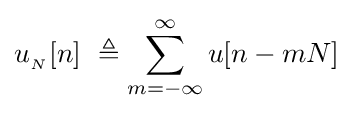
u_{_{N}}[n]\ \triangleq \sum _{m=-\infty }^{\infty }u[n-mN]